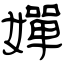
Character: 嬋